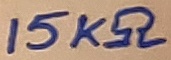
Text: 15KΩ